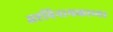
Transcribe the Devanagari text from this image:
अष्टविनायकाच्या